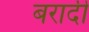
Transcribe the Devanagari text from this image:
बरादी